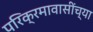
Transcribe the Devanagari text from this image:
परिक्रमावासींच्या